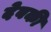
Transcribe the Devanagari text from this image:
देबकी